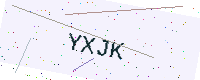
Text: YXJK